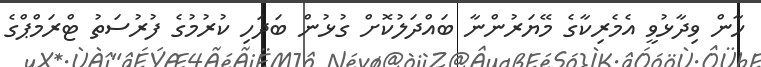
ހާން ވިދާޅުވީ އެމެރިކާގެ މޭޔަރުންނާ ބައްދަލުކޮށް ގުޅުން ބަދަހި ކުރުމުގެ ފުރުސަތު ޓްރަމްޕްގެ